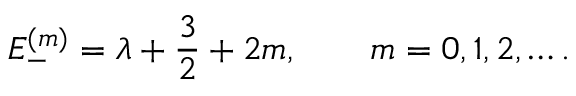
E _ { - } ^ { ( m ) } = \lambda + { \frac { 3 } { 2 } } + 2 m , \qquad m = 0 , 1 , 2 , \ldots .